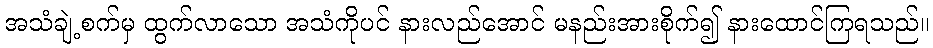
အသံချဲ့စက်မှ ထွက်လာသော အသံကိုပင် နားလည်အောင် မနည်းအားစိုက်၍ နားထောင်ကြရသည်။